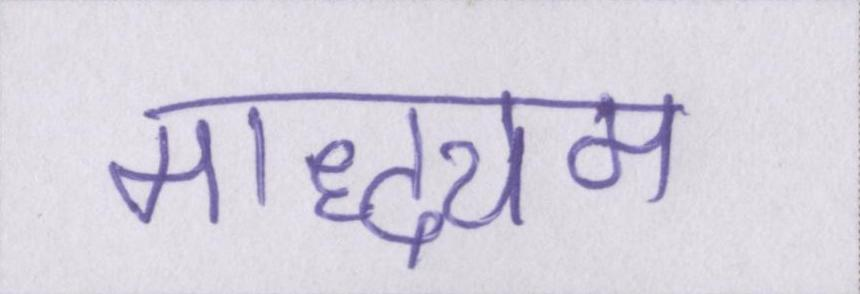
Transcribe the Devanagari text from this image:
माद्ध्यम